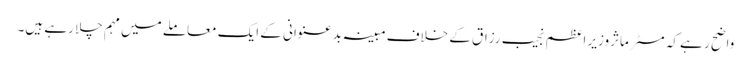
واضح ر ہے کہ مسٹر ماثروزیر اعظم نجیب رزاق کے خلاف مبینہ بدعنوانی کے ایک معاملے میں مہم چلا رہے ہیں۔